Annual report on the working of the lock hospitals in the Central Provinces
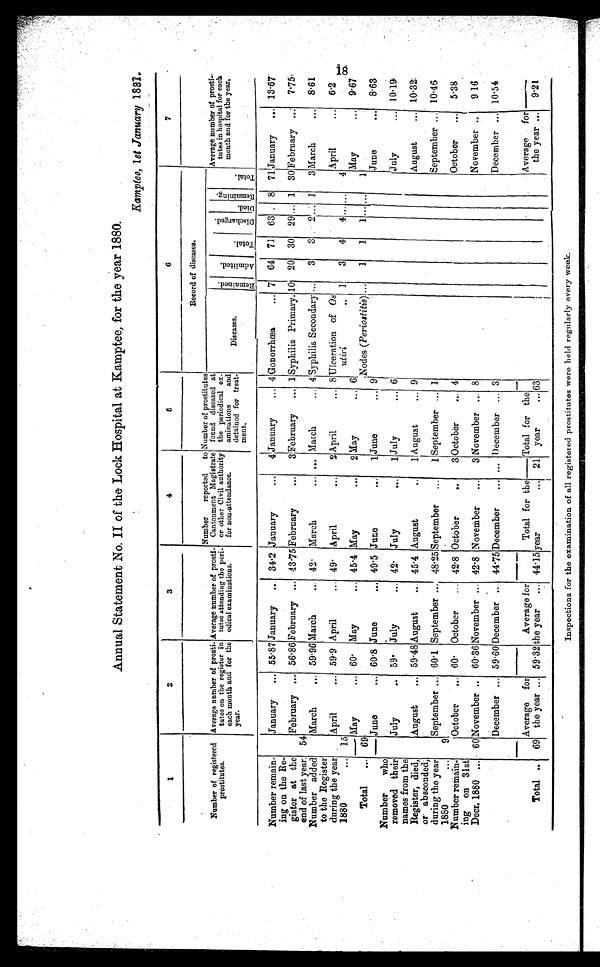
Annual Statement No. II of the Lock Hospital at Kamptee, for the year 1880.
1
2
3
4
5
6
7
Number of registered
prostitutes.
Average number of prosti-
tutes on the register in
each month and for the
year.
Average number of prosti-
tutes attending the peri-
odical examinations.
Number reported to
Cantonment Magistrate
or other Civil authority
for non-attendance.
Number of prostitutes
found diseased at
the periodical ex-
aminations and
detained for treat-
m e n t .
Record of diseases.
Average number of prosti-
tutes in hospital for each
month and for the year.
Diseases.
Re ma i ne d. Admi t t ed.
Total.
Di s c h a r g e d .
Died.
Re ma i n i n g .
Total.
Number remain-
ing on the Re-
gister at the
end of last year.
January
... 55 . 87 January
... 34 .2 January
...
4 January
... 4 Gonorrhœa
... 7 64 71 63 . 8
7 1 January... 13.67
54
February ... 56.86 February ... 43.75 February
...
3 February
... 1 Syphilis Primary. 10 20 30 29 ... 1 30 February ..; 7.75
Number added
to the Register
during the year
1880
•..
March
... 59.96 March
... 42 . March
... ... March
... 4 Syphilis Secondary ...
3
3
2 ... 1
3 March
• • .
8.61
15
April
... 59.9 April
... 49. April
...
2 April
.
•
8 Ulceration of Os
utiri
., 1
3
4
4 ... ...
4
April
• • •
6.2
May
... 60. May
... 45.4 May
...
2 May
... 6
May, ...
9.67
Total
... 69
Nodes (Periostitis) ...
1
1
1 . . . ...
1
— June
... 60.8 June
... 49.5 June
...
1 June
... 9
June
...
8.63
Number
who
removed their
names from the
Register, died,
or absconded;
during the year
1880
...
July
.. 59. July
... 42. July
...
1 July
... 6
July
• • • 10.19
August
... 59.48 August
... 45.4 August
..
1 August
• 9
August
10.32
9
September ... 60.1 September ... 48.25 September
...
1 September ... 1
September... 10.46
Number remain-
ing on 31st
Decr. 1880 .: • ,
October
... 60.
October
... 42.8 October
..
3 October
... 4
October
...
5.38
60 November .. 60.36 November ... 42.8 November...
3 November ... 8
November ..
9 16
December ... 59.60 December ... 44.75 December
... ... December ... 3
December ... 10.54
Total ..
69
Average for
the year ... 59.32
Average for
the year ... 44.15
Total for t he year
21
Total for the
year
...
6 3
Average for
the year ...
9.21
Inspections for the examination of all registered prostitutes were held regularly every week.
18